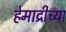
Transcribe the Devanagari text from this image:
हेमाद्रीच्या